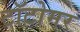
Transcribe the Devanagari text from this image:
टॉटोमर